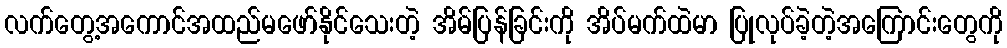
လက်တွေ့အကောင်အထည်မဖော်နိုင်သေးတဲ့ အိမ်ပြန်ခြင်းကို အိပ်မက်ထဲမာ ပြုလုပ်ခဲ့တဲ့အကြောင်းတွေကို